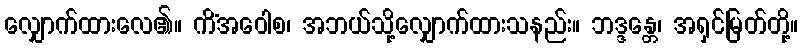
လျှောက်ထားလေ၏။ ကိံအဝေါစ၊ အဘယ်သို့လျှောက်ထားသနည်း။ ဘဒ္ဒန္တေ၊ အရှင်မြတ်တို့။